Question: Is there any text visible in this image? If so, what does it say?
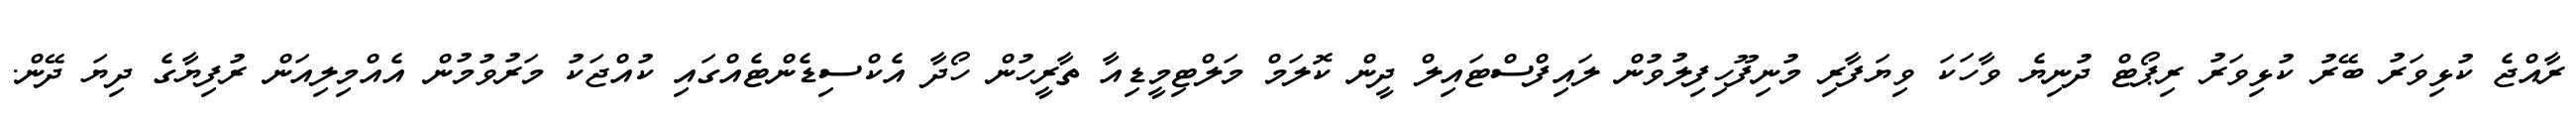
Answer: ރާއްޖެ ކުޅިވަރު ބޭރު ކުޅިވަރު ރިޕޯޓް ދުނިޔެ ވާހަކަ ވިޔަފާރި މުނިފޫހިފިލުވުން ލައިފްސްޓައިލް ދީން ކޮލަމް މަލްޓިމީޑިއާ ތާރީހުން ހޯދާ އެކްސިޑެންޓެއްގައި ކުއްޖަކު މަރުވުމުން އެއްމިލިއަން ރުފިޔާގެ ދިޔަ ދޭން.